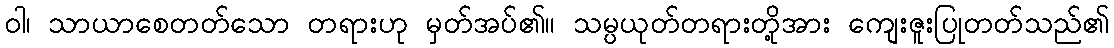
ဝါ၊ သာယာစေတတ်သော တရားဟု မှတ်အပ်၏။ သမ္ပယုတ်တရားတို့အား ကျေးဇူးပြုတတ်သည်၏